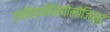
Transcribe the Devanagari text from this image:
एनीस्थीसियोलोजिस्ट